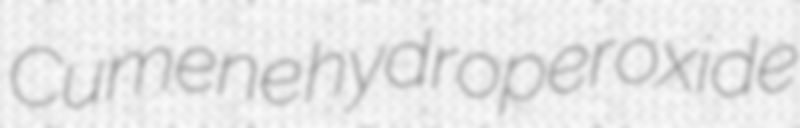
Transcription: Cumene hydroperoxide